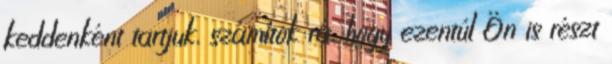
keddenként tartjuk, számítok rá, hogy ezentúl Ön is részt